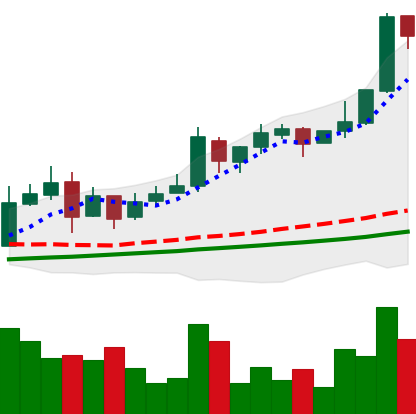
Ticker: LTC-USD
Chart end date: 2017-11-26
Forward return: 15.219%
Label: up_7plus